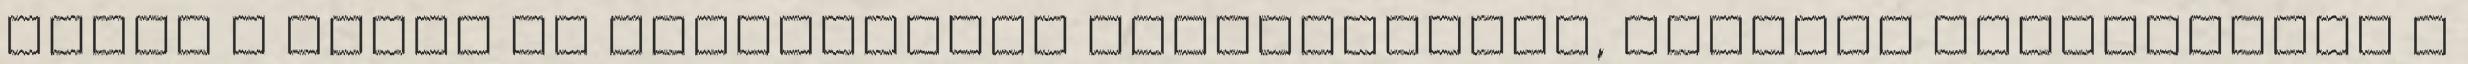
főleg a helyi és környékbeli kerékpárosok, különös figyelemmel a